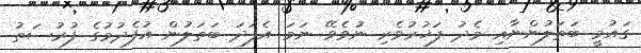
ގައުމީ ބަތަލުންނާއި މެދު ފަޚުރުވެރި ނުވެވޭ ނަމަ އެފަދަ ބަތަލުން އުފެދުމުގެ ފުރުސަތު